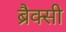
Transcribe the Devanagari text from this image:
ब्रैक्सी